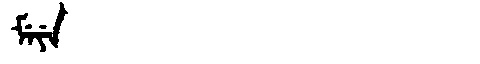
Manchu: ᠮᡝᠶᡝ
Romanization: MEYE